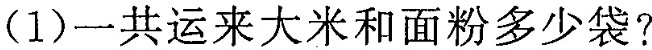
(1)一共运来大米和面粉多少袋?